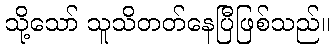
သို့သော် သူသိတတ်နေပြီဖြစ်သည်။